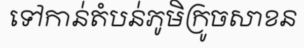
ទៅកាន់តំបន់ភូមិក្រូចសាខន